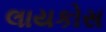
લાયકોસ